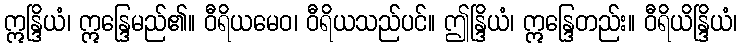
ဣန္ဒြိယံ၊ ဣန္ဒြေမည်၏။ ဝီရိယမေဝ၊ ဝီရိယသည်ပင်။ ဤန္ဒြိယံ၊ ဣန္ဒြေတည်း။ ဝီရိယိန္ဒြိယံ၊